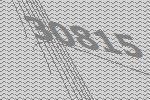
30815